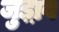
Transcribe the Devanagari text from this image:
जुड़ा़व